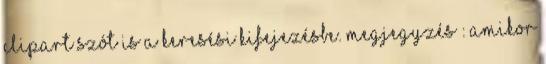
clipart szót is a keresési kifejezésbe. Megjegyzés : Amikor